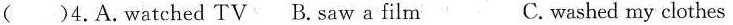
( )4.A.watched TV B.saw a film C.washed my clothes